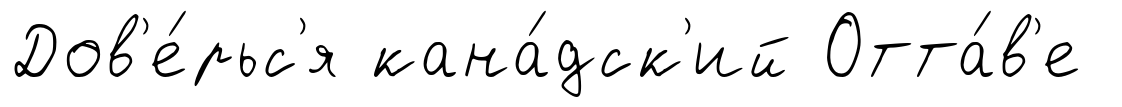
Дов'е́рьс'я кана́дск'ий Отта́в'е